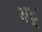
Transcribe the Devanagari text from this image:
भट्